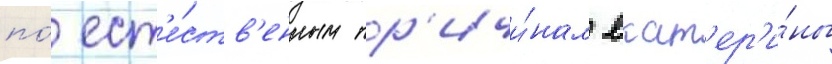
по́ ест'е́ств'енным пр'ичи́нам екат'ер'и́ны